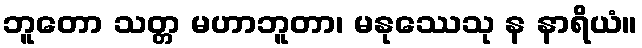
ဘူတော သတ္တ မဟာဘူတာ၊ မနုဿေသု န နာရိယံ။